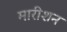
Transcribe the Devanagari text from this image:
मारीशन